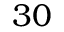
3 0